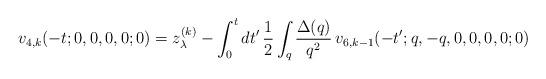
LaTeX: \begin{align*}v_{4,k} (-t;0,0,0,0;0) = z_\lambda^{(k)} - \int_0^t dt'\, \frac{1}{2}\int_q \frac{\Delta (q)}{q^2} \, v_{6,k-1} (-t'; q,-q,0,0,0,0;0)\end{align*}